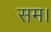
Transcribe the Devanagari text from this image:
सम।